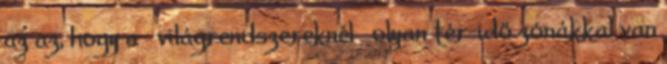
az az, hogy a »világrendszereknél« olyan tér-idő zónákkal van